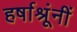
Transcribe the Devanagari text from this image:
हर्षाश्रूंनीं